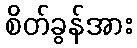
စိတ်ခွန်အား